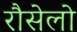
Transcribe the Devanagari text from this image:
रौसेलो